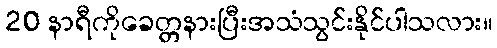
20 နာရီကိုခေတ္တနားပြီးအသံသွင်းနိုင်ပါသလား။